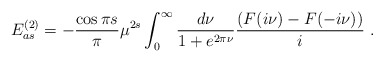
\begin{align*}E^{(2)}_{as}=-{\cos{\pi s}\over \pi} \mu^{2 s}\int^\infty_0 \frac{d\nu}{1+e^{2\pi\nu}} \frac{(F(i\nu)-F(-i\nu))}{i}\ .\end{align*}